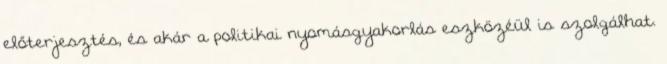
előterjesztés, és akár a politikai nyomásgyakorlás eszközéül is szolgálhat.